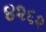
૪૨૬૨